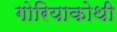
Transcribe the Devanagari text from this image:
गोरियाकोथी